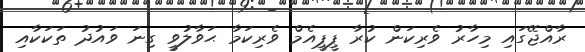
ރާއްޖޭގައި މިހާރު ވެރިކަން ކުރާ ޕީޕީއެމް ވެރިކަމާ ޙަވާލުވީ ގިނަ ވައުދު ތަކަކާއި